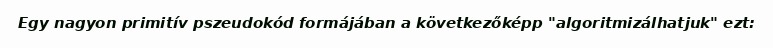
Egy nagyon primitív pszeudokód formájában a következőképp "algoritmizálhatjuk" ezt: